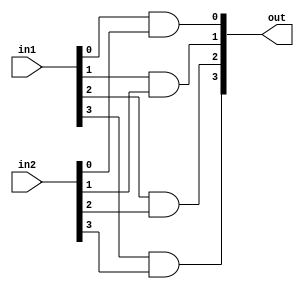
module and4(in1, in2, out);

	input [3:0] in1, in2;
	output[3:0] out;

	and a1(out[0], in1[0], in2[0]);
	and a2(out[1], in1[1], in2[1]);
	and a3(out[2], in1[2], in2[2]);
	and a4(out[3], in1[3], in2[3]);

endmodule

module and16(in1, in2, out);
	
	input [15:0] in1, in2;
	output[15:0] out;

	and4 a11(.in1(in1[3:0]), .in2(in2[3:0]), .out(out[3:0]));
	and4 a12(.in1(in1[7:4]), .in2(in2[7:4]), .out(out[7:4]));
	and4 a13(.in1(in1[11:8]), .in2(in2[11:8]), .out(out[11:8]));
	and4 a14(.in1(in1[15:12]), .in2(in2[15:12]), .out(out[15:12]));

endmodule

module or4(in1, in2, out);

	input [3:0] in1, in2;
	output[3:0] out;

	or a1(out[0], in1[0], in2[0]);
	or a2(out[1], in1[1], in2[1]);
	or a3(out[2], in1[2], in2[2]);
	or a4(out[3], in1[3], in2[3]);

endmodule

module or16(in1, in2, out);
	
	input [15:0] in1, in2;
	output[15:0] out;

	or4 a11(.in1(in1[3:0]), .in2(in2[3:0]), .out(out[3:0]));
	or4 a12(.in1(in1[7:4]), .in2(in2[7:4]), .out(out[7:4]));
	or4 a13(.in1(in1[11:8]), .in2(in2[11:8]), .out(out[11:8]));
	or4 a14(.in1(in1[15:12]), .in2(in2[15:12]), .out(out[15:12]));

endmodule